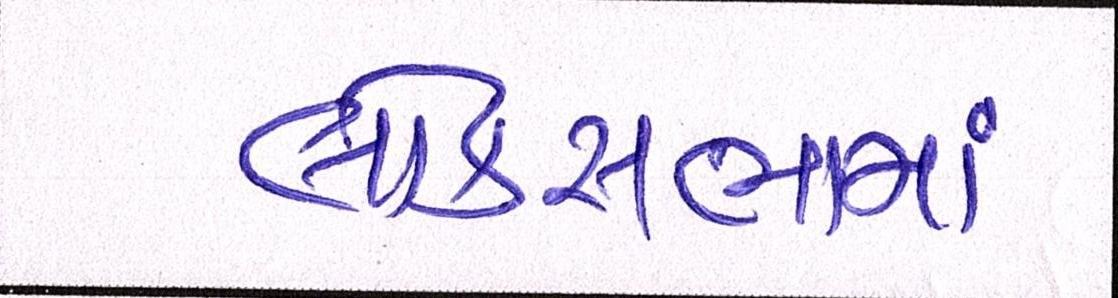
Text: લોકસભામાં